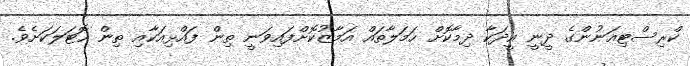
ކްރިސްޓިއަނުންގެ ދީނީ އީދަކާ ދިމާކޮށް ހަމަލާތައް އަމާޒުކޮށްފައިވަނީ ތިން ފައްޅިއަކާއި ތިން ހޮޓަލަކަށެވެ.